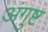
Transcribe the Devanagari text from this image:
अंगुष्ट